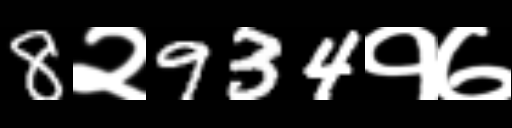
Text: 8२934१७